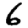
Digit: 6